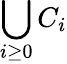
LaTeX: \bigcup_{i\geq 0}C_{i}